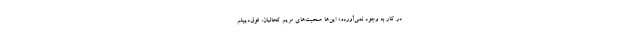
در کار به وجود نمی‌آورده.» این‌ها صحبت‌های مریم کحالیان، فوق‌دیپلم